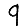
Digit: 9